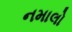
નમાલો